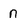
Character: n